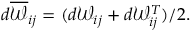
d \overline { { \mathscr { W } } } _ { i j } = ( d \mathscr { W } _ { i j } + d \mathscr { W } _ { i j } ^ { T } ) / 2 .